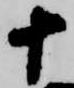
十